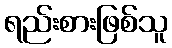
ရည်းစားဖြစ်သူ